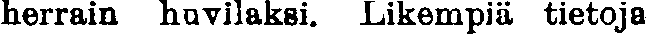
herrain huvilaksi. Likempiä tietoja